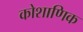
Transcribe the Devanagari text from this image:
कोशाणिक